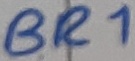
Text: BR1